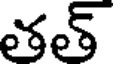
తత్